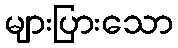
များပြားသော